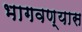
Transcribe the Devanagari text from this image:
भागवण्यास